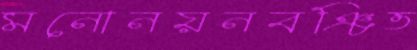
মনোনয়নবঞ্চিত